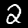
Label: 2